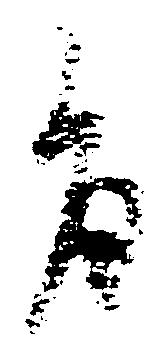
旨